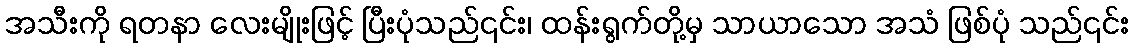
အသီးကို ရတနာ လေးမျိုးဖြင့် ပြီးပုံသည်၎င်း၊ ထန်းရွက်တို့မှ သာယာသော အသံ ဖြစ်ပုံ သည်၎င်း